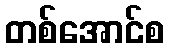
တစ်အောင်စ